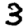
Digit: 3